Some observations on the poison of the banded krait (Bungarus fasciatus) - Number 7
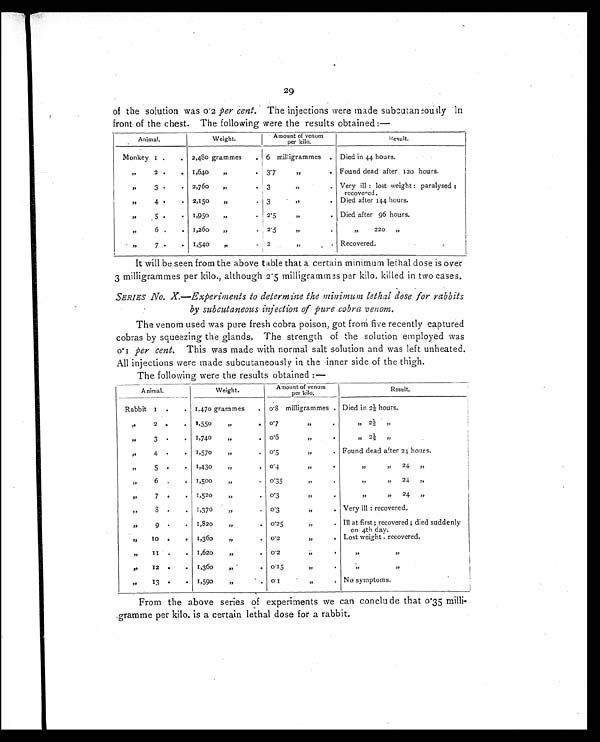
29
of the solution was 0.2 per cent. The injections were made subcutaneously In
front of the chest. The following were the results obtained:—
Animal.
Weight.
Amount of venom
per kilo.
Result.
Monkey 1 .
. 2,480 grammes
. 6 milligrammes . Died in 44 hours.
”
2 .
.
1,640
”
.
3.7
”
.
Found dead after 120 hours.
”
3 .
. 2,760
”
. 3
”
.
Very ill : lost weight : paralysed :
recovered.
”
4 .
.
2,150
”
. 3
” . Died after 144 hours.
”
5 .
. 1,950
”
.
2.5
”
.
Died after 96 hours.
”
6 .
. 1,260
”
.
2 . 5
”
.
”
220
”
”
7 .
.
1,540
”
.
2
”
. .
Recovered.
It will be seen from the above table that a certain minimum lethal dose is over
3 milligrammes per kilo., although 2.5 milligrammes per kilo. killed in two cases.
SERIES No. X.—Experiments to determine the minimum lethal dose for rabbits
by subcutaneous injection of pure cobra venom.
The venom used was pure fresh cobra poison, got from five recently captured
cobras by squeezing the glands. The strength of the solution employed was
0.1 per cent. This was made with normal salt solution and was left unheated.
All injections were made subcutaneously in the inner side of the thigh.
The following were the results obtained :—
Animal.
Weight.
Amount of venom
per kilo.
Result.
Rabbit
1 .
.
1,470 grammes
. 0. 8 milligrammes . Died in 2½ hours.
”
2 .
. 1,550
”
.
0.7
”
.
”
2½
”
”
3
.
.
1,740
”
.
0.6
”
.
”
2 ½
”
”
4
.
.
1,570
”
.
0.5
”
.
Found dead after 24 hour s.
”
5
.
.
1,430
”
.
0 . 4
”
.
”
”
24
”
”
6
.
.
1,500
”
.
0.35
”
.
”
”
24
”
”
7
.
.
1,520
”
.
0.3
”
.
”
”
24
”
”
8
.
.
1,370
”
. 0.3
”
.
Very ill : recovered.
”
9
.
.
1,820
”
. 0.25
”
. III at first; recovered; died suddenly
on 4th day.
”
10
.
.
1,360
”
. 0.2
”
.
Lost weight . recovered.
”
11
.
.
1,620
”
.
0.2
”
.
”
”
”
12
.
.
1,360
”
.
0.15
”
.
”
”
”
13
.
. 1,590
”
.
0.1
”
.
No symptoms.
From the above series of experiments we can conclude that 0.35 milli-
gramme per kilo. is a certain lethal dose for a rabbit.